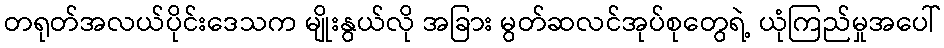
တရုတ်အလယ်ပိုင်းဒေသက မျိုးနွယ်လို အခြား မွတ်ဆလင်အုပ်စုတွေရဲ့ ယုံကြည်မှုအပေါ်